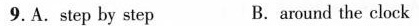
9.A.step by step B.around the clock